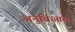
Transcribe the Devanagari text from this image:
अनुबिआस